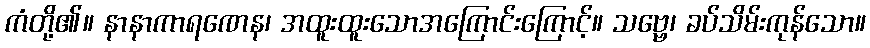
ကံတို့၏။ နာနာကာရဏေန၊ အထူးထူးသောအကြောင်းကြောင့်။ သဗ္ဗေ၊ ခပ်သိမ်းကုန်သော။